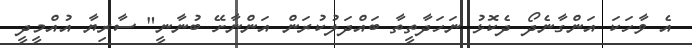
އެ ވާހަކަ އަންގާނެދޯ ދެކޮޅު ނަހަދާތީތާ ބައްދަލުކުރަން އަންނާށޭ ބުނާނީ" ސާރިޔާ އުއްމީދީ